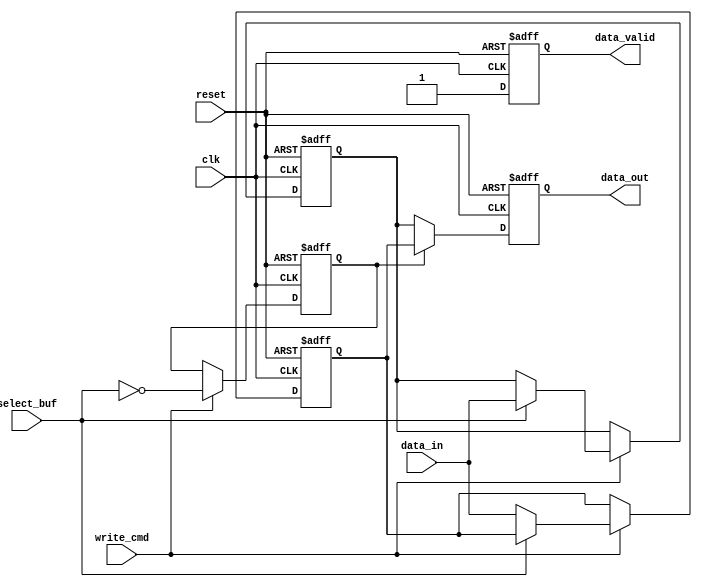
module double_buffer_register (
    input wire clk,               // Clock signal
    input wire reset,             // Asynchronous reset signal
    input wire write_cmd,         // Write command signal
    input wire select_buf,        // Selects which buffer to write to (0 for A, 1 for B)
    input wire [31:0] data_in,    // Input data for the buffer
    output reg [31:0] data_out,   // Output data from the read buffer
    output reg data_valid         // Data valid signal
);

    // Define registers for the buffers
    reg [31:0] buffer_a;          // Buffer A
    reg [31:0] buffer_b;          // Buffer B

    // Control to switch between buffers
    reg current_write_buf;        // Current write buffer (0 for A, 1 for B)

    // Sequential logic for buffer writing and switching
    always @(posedge clk or posedge reset) begin
        if (reset) begin
            buffer_a <= 32'b0;     // Reset Buffer A
            buffer_b <= 32'b0;     // Reset Buffer B
            current_write_buf <= 1'b0; // Start with Buffer A for writing
            data_out <= 32'b0;      // Reset output
            data_valid <= 1'b0;     // Reset data valid
        end else begin
            // Write operation based on the write command
            if (write_cmd) begin
                if (select_buf == 1'b0) begin
                    buffer_a <= data_in; // Write to Buffer A
                end else begin
                    buffer_b <= data_in; // Write to Buffer B
                end
            end

            // Switching mechanism
            if (write_cmd) begin
                current_write_buf <= ~select_buf; // Toggle the buffer to read from next time
            end

            // Read operation: output current data from the non-active buffer
            if (current_write_buf == 1'b0) begin  
                data_out <= buffer_b;  // Read from Buffer B
            end else begin
                data_out <= buffer_a;  // Read from Buffer A
            end

            // Set data valid signal
            data_valid <= 1'b1; // Indicate data is valid after writing
        end
    end

endmodule